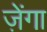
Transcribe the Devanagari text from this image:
ज़ेंगा